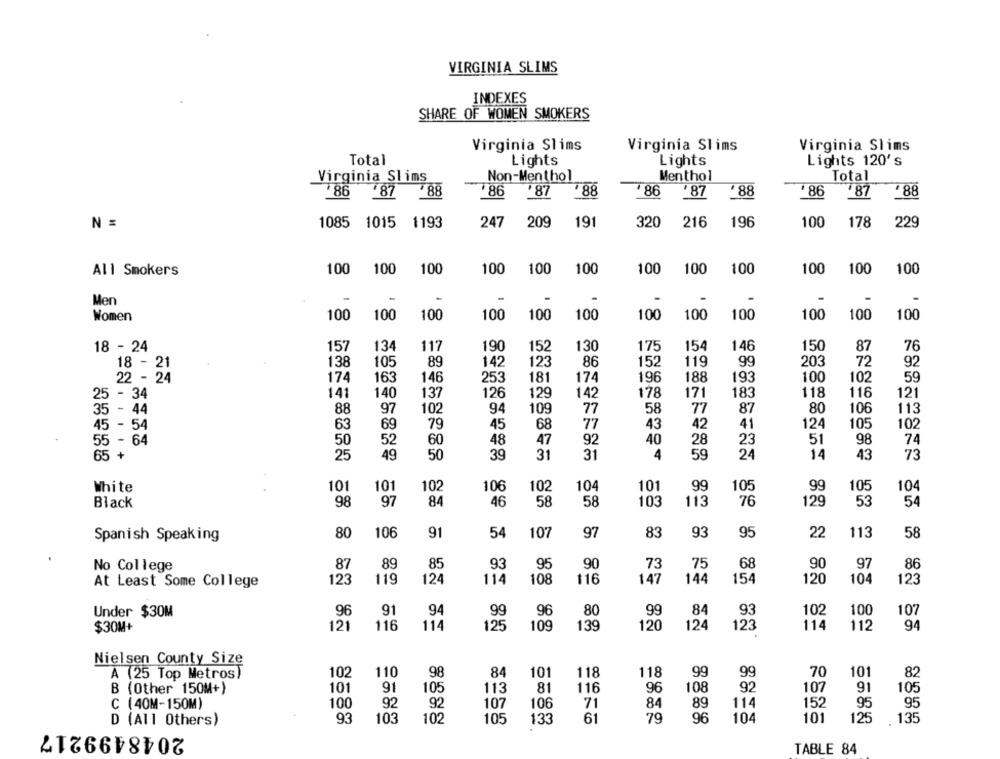
VIRGINIA SLIMS
INDEXES
SHARE OF WOMEN SMOKERS
Virginia Slims
Virginia Slims
Virginia Slims
Total
Lights
Lights
Lights 120's
Virginia Slims
Non-Menthol
Menthol
Total
86
87
788
86
87
88
86
87
₹88
86
87
788
N =
1085 1015 1193
247
209
191
320
216
196
100
178
229
All Smokers
1.00
100
100
100
100
100
100
100
100
100
100
100
Men
-
-
Women
100
100
100
100
100
100
100
100
100
100
100
100
18 - 24
157
134
117
190
152
130
175
154
146
150
87
76
18 -
138
105
89
142
123
86
152
119
99
203
72
92
174
163
146
253
181
174
196
188
193
100
102
59
22 - 24
141
140
137
126
129
142
178
171
183
118
116
121
25 - 34
88
97
102
94
109
77
58
77
87
80
106
113
35 - 44
63
69
79
45
68
77
43
42
41
124
105
102
45 - 54
52
60
48
47
40
51
74
5 - 64
50
92
28
23
98
65 +
49
50
39
31
31
4
59
24
14
43
73
25
101
White
101
102
106
102
104
101
99
105
99
105
104
97
84
113
53
Black
98
46
58
58
103
76
129
54
Spanish Speaking
80
106
91
54
107
97
83
93
95
22
113
58
No College
87
89
85
93
95
90
73
75
68
90
97
86
At Least Some College
123
119
124
114
108
116
147
144
154
120
104
123
Under $30M
96
91
94
99
96
80
99
84
93
102
100
107
$30M+
121
116
114
125
109
139
120
124
123
114
112
94
Nielsen County Size
A (25 Top Metros)
102
110
98
84
101
118
118
99
99
70
101
82
B (Other 150M+)
101
91
105
113
81
116
96
108
92
107
91
105
(40M-150M)
100
92
92
107
106
71
84
89
114
152
95
95
D (All Others)
93
103
102
105
133
61
79
96
104
101
125
135
2048499217
TABLE 84